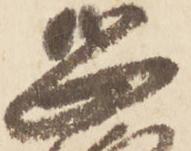
恐